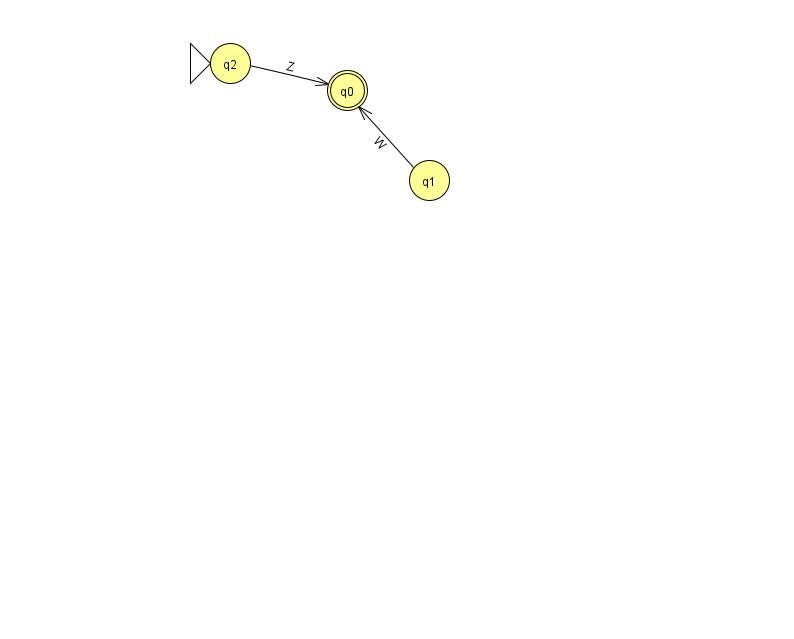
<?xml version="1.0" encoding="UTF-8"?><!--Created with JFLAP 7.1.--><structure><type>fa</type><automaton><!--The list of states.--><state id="0" name="q0"><x>347.0</x><y>77.0</y><final/></state><state id="1" name="q1"><x>429.0</x><y>167.0</y></state><state id="2" name="q2"><x>230.0</x><y>50.0</y><initial/></state><!--The list of transitions.--><transition><from>1</from><to>0</to><read>W</read></transition><transition><from>2</from><to>0</to><read>Z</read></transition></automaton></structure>